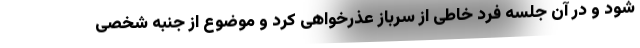
شود و در آن جلسه فرد خاطی از سرباز عذرخواهی کرد و موضوع از جنبه شخصی